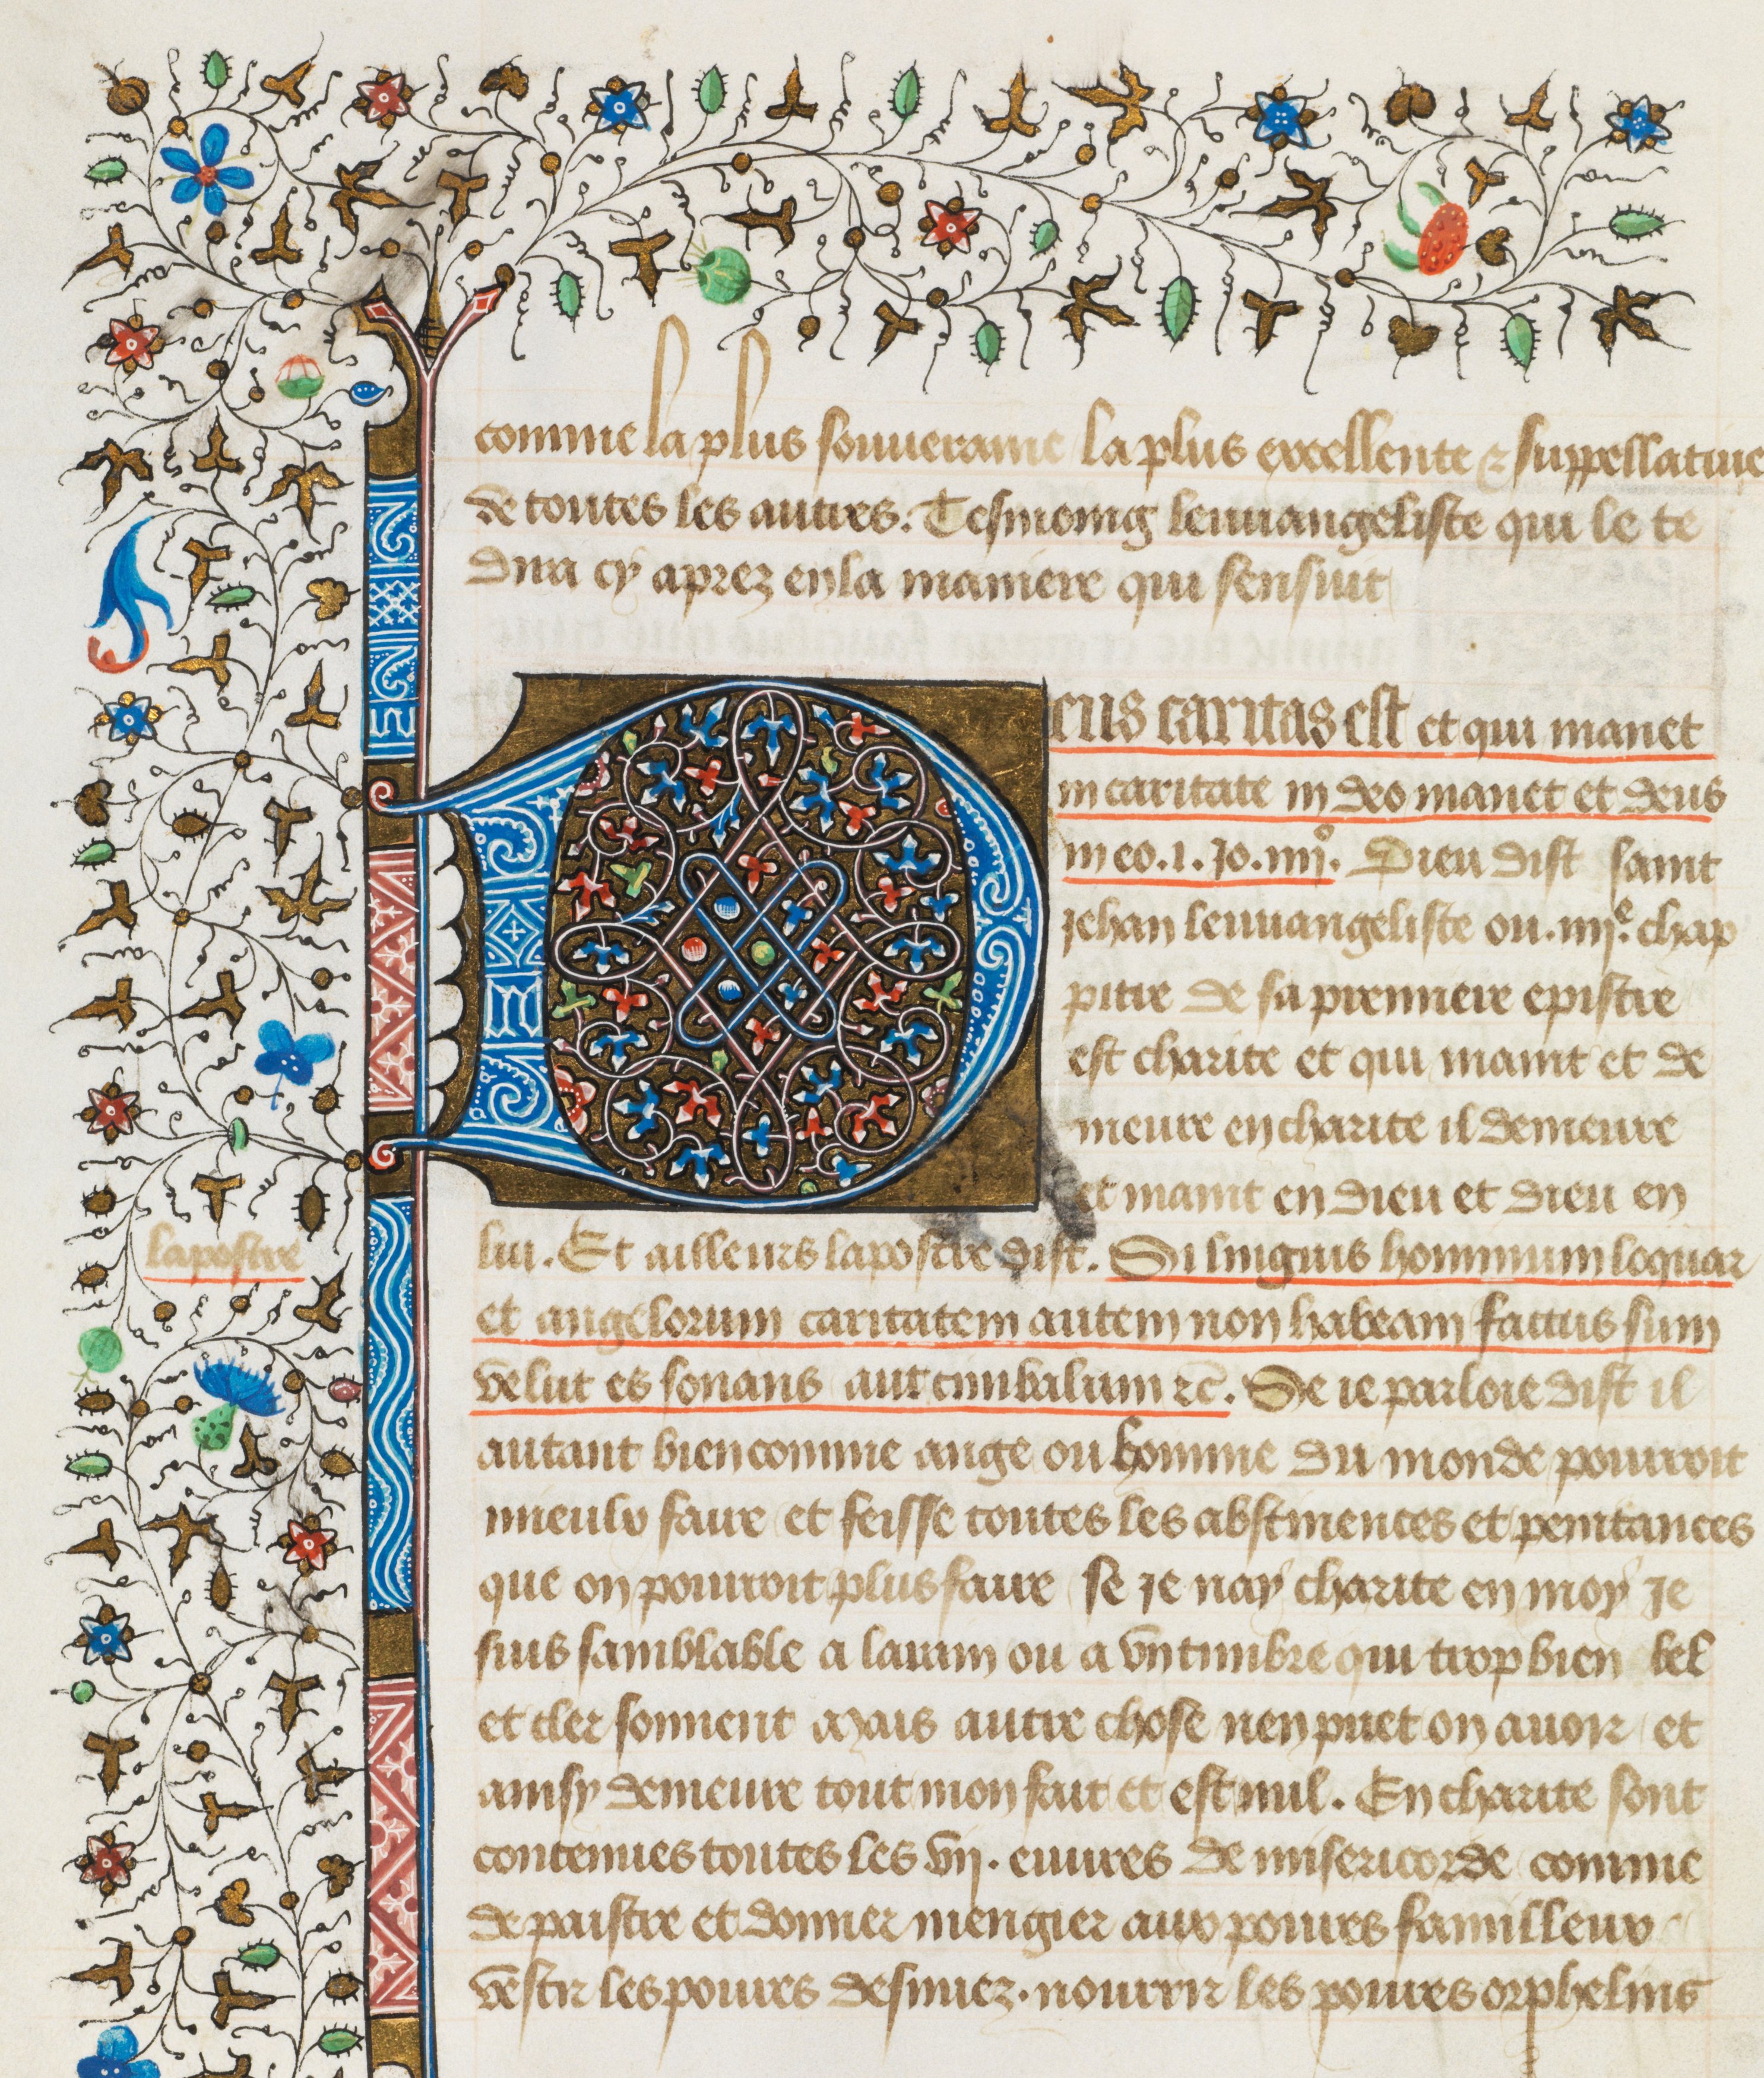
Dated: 1412–1415